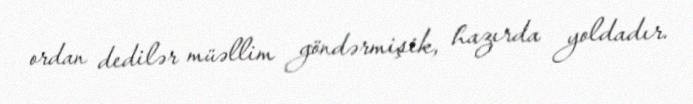
ordan dedilər müəllim göndərmişik, hazırda yoldadır.